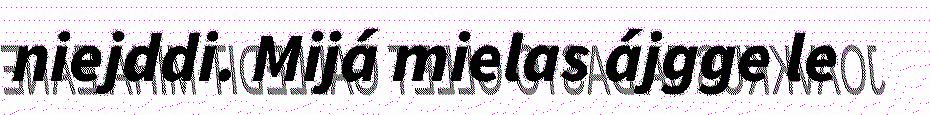
niejddi. Mijá mielas ájgge le